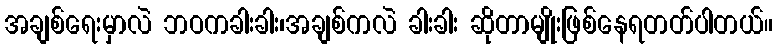
အချစ်ရေးမှာလဲ ဘဝကခါးခါး၊အချစ်ကလဲ ခါးခါး ဆိုတာမျိုးဖြစ်နေရတတ်ပါတယ်။